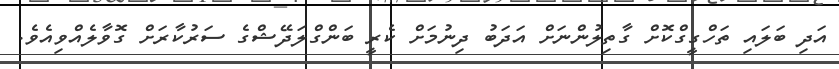
އަދި ބަލައި ތަހްގީގްކޮށް ގާތިލުންނަށް އަދަބު ދިނުމަށް ކެރީ ބަންގްލަދޭޝްގެ ސަރުކާރަށް ގޮވާލެއްވިއެވެ.